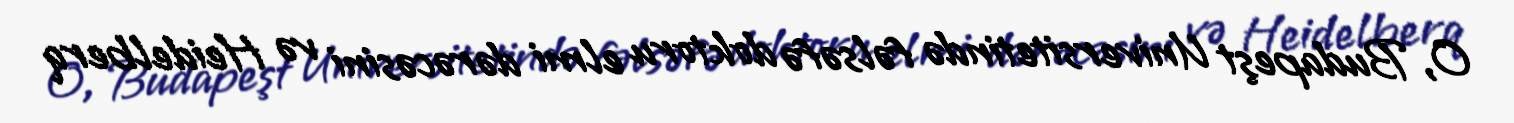
O, Budapeşt Universitetində fəlsəfə doktoru elmi dərəcəsini və Heidelberq